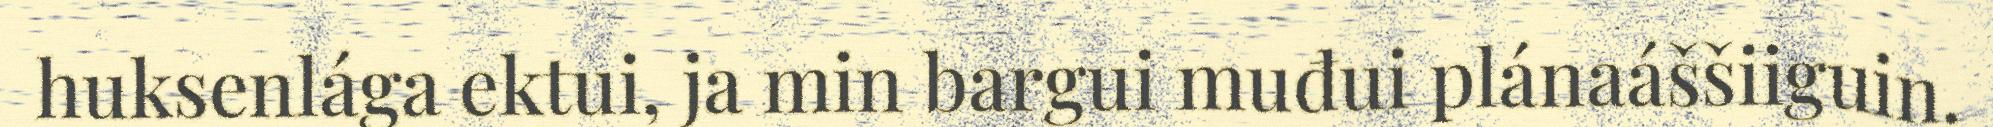
huksenlága ektui, ja min bargui muđui plánaáššiiguin.